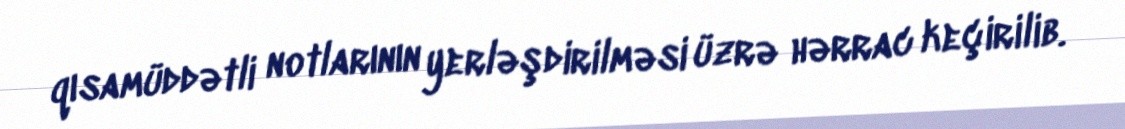
qısamüddətli notlarının yerləşdirilməsi üzrə hərrac keçirilib.